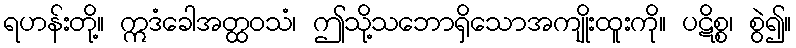
ရဟန်းတို့။ ဣဒံခေါအတ္ထဝသံ၊ ဤသို့သဘောရှိသောအကျိုးထူးကို။ ပဋိစ္စ၊ စွဲ၍။